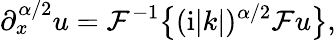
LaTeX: \partial_{x}^{\alpha/2}u=\mathcal{F}^{-1}\big\{ (\mathrm{i}|k|)^{\alpha/2}\mathcal{F}u\big\} ,